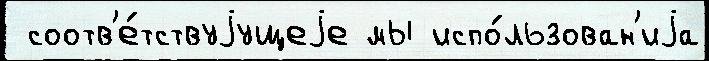
 соотв'е́тствуjущеjе мы испо́льзован'иjа